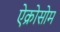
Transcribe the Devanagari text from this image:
ऐक्रोसोम